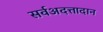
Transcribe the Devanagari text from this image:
सर्वअदत्तादान